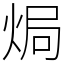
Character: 焗